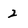
Character: 2